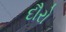
દૌરો